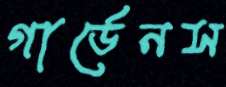
গার্ডেনস